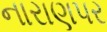
નારાણપર